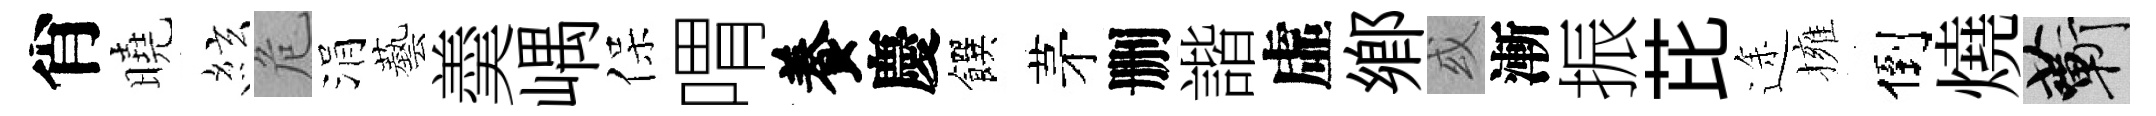
肖曉絃危涓藝羮嵎保喟養慶饌茅删諧虛郷或漸振芘途擁倒燒蔪